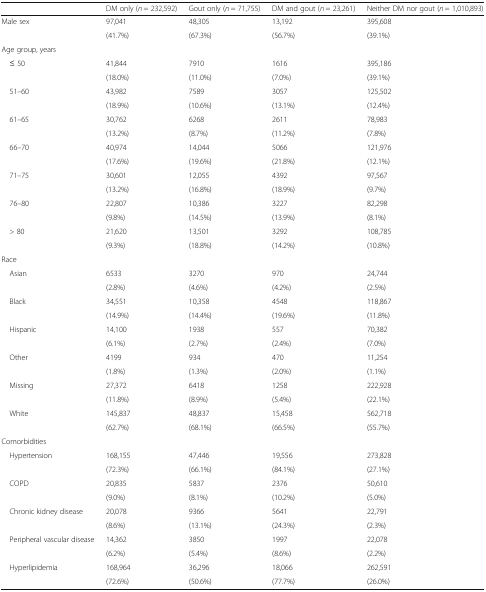
<table><thead><tr><td></td><td><b>DM only (<i>n</i> = 232,592)</b></td><td><b>Gout only (<i>n</i> = 71,755)</b></td><td><b>DM and gout (<i>n</i> = 23,261)</b></td><td><b>Neither DM nor gout (<i>n</i> = 1,010,893)</b></td></tr></thead><tbody><tr><td rowspan="2">Male sex</td><td>97,041</td><td>48,305</td><td>13,192</td><td>395,608</td></tr><tr><td>(41.7%)</td><td>(67.3%)</td><td>(56.7%)</td><td>(39.1%)</td></tr><tr><td colspan="5">Age group, years</td></tr><tr><td rowspan="2"> ≤ 50</td><td>41,844</td><td>7910</td><td>1616</td><td>395,186</td></tr><tr><td>(18.0%)</td><td>(11.0%)</td><td>(7.0%)</td><td>(39.1%)</td></tr><tr><td rowspan="2"> 51–60</td><td>43,982</td><td>7589</td><td>3057</td><td>125,502</td></tr><tr><td>(18.9%)</td><td>(10.6%)</td><td>(13.1%)</td><td>(12.4%)</td></tr><tr><td rowspan="2"> 61–65</td><td>30,762</td><td>6268</td><td>2611</td><td>78,983</td></tr><tr><td>(13.2%)</td><td>(8.7%)</td><td>(11.2%)</td><td>(7.8%)</td></tr><tr><td rowspan="2"> 66–70</td><td>40,974</td><td>14,044</td><td>5066</td><td>121,976</td></tr><tr><td>(17.6%)</td><td>(19.6%)</td><td>(21.8%)</td><td>(12.1%)</td></tr><tr><td rowspan="2"> 71–75</td><td>30,601</td><td>12,055</td><td>4392</td><td>97,567</td></tr><tr><td>(13.2%)</td><td>(16.8%)</td><td>(18.9%)</td><td>(9.7%)</td></tr><tr><td rowspan="2"> 76–80</td><td>22,807</td><td>10,386</td><td>3227</td><td>82,298</td></tr><tr><td>(9.8%)</td><td>(14.5%)</td><td>(13.9%)</td><td>(8.1%)</td></tr><tr><td rowspan="2"> &gt; 80</td><td>21,620</td><td>13,501</td><td>3292</td><td>108,785</td></tr><tr><td>(9.3%)</td><td>(18.8%)</td><td>(14.2%)</td><td>(10.8%)</td></tr><tr><td colspan="5">Race</td></tr><tr><td rowspan="2"> Asian</td><td>6533</td><td>3270</td><td>970</td><td>24,744</td></tr><tr><td>(2.8%)</td><td>(4.6%)</td><td>(4.2%)</td><td>(2.5%)</td></tr><tr><td rowspan="2"> Black</td><td>34,551</td><td>10,358</td><td>4548</td><td>118,867</td></tr><tr><td>(14.9%)</td><td>(14.4%)</td><td>(19.6%)</td><td>(11.8%)</td></tr><tr><td rowspan="2"> Hispanic</td><td>14,100</td><td>1938</td><td>557</td><td>70,382</td></tr><tr><td>(6.1%)</td><td>(2.7%)</td><td>(2.4%)</td><td>(7.0%)</td></tr><tr><td rowspan="2"> Other</td><td>4199</td><td>934</td><td>470</td><td>11,254</td></tr><tr><td>(1.8%)</td><td>(1.3%)</td><td>(2.0%)</td><td>(1.1%)</td></tr><tr><td rowspan="2"> Missing</td><td>27,372</td><td>6418</td><td>1258</td><td>222,928</td></tr><tr><td>(11.8%)</td><td>(8.9%)</td><td>(5.4%)</td><td>(22.1%)</td></tr><tr><td rowspan="2"> White</td><td>145,837</td><td>48,837</td><td>15,458</td><td>562,718</td></tr><tr><td>(62.7%)</td><td>(68.1%)</td><td>(66.5%)</td><td>(55.7%)</td></tr><tr><td colspan="5">Comorbidities</td></tr><tr><td rowspan="2"> Hypertension</td><td>168,155</td><td>47,446</td><td>19,556</td><td>273,828</td></tr><tr><td>(72.3%)</td><td>(66.1%)</td><td>(84.1%)</td><td>(27.1%)</td></tr><tr><td rowspan="2"> COPD</td><td>20,835</td><td>5837</td><td>2376</td><td>50,610</td></tr><tr><td>(9.0%)</td><td>(8.1%)</td><td>(10.2%)</td><td>(5.0%)</td></tr><tr><td rowspan="2"> Chronic kidney disease</td><td>20,078</td><td>9366</td><td>5641</td><td>22,791</td></tr><tr><td>(8.6%)</td><td>(13.1%)</td><td>(24.3%)</td><td>(2.3%)</td></tr><tr><td rowspan="2"> Peripheral vascular disease</td><td>14,362</td><td>3850</td><td>1997</td><td>22,078</td></tr><tr><td>(6.2%)</td><td>(5.4%)</td><td>(8.6%)</td><td>(2.2%)</td></tr><tr><td rowspan="2"> Hyperlipidemia</td><td>168,964</td><td>36,296</td><td>18,066</td><td>262,591</td></tr><tr><td>(72.6%)</td><td>(50.6%)</td><td>(77.7%)</td><td>(26.0%)</td></tr></tbody></table>